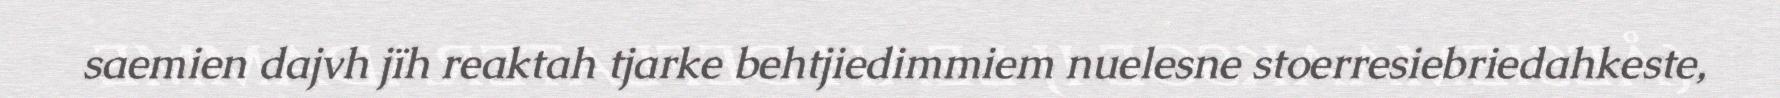
saemien dajvh jïh reaktah tjarke behtjiedimmiem nuelesne stoerresiebriedahkeste,